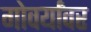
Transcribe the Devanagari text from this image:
गोवर्यांवर